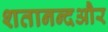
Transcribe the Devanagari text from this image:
शतानन्दऔर